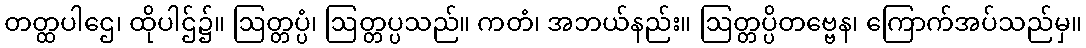
တတ္ထပါဌေ၊ ထိုပါဌ်၌။ ဩတ္တပ္ပံ၊ ဩတ္တပ္ပသည်။ ကတံ၊ အဘယ်နည်း။ ဩတ္တပ္ပိတဗ္ဗေန၊ ကြောက်အပ်သည်မှ။